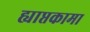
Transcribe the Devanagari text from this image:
ह्याप्तकामा